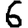
Digit: 6